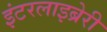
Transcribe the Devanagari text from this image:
इंटरलाइब्रेरी